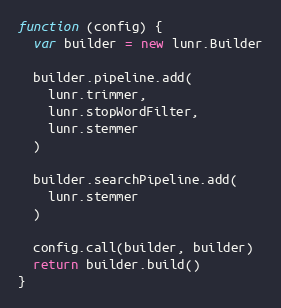
Language: JavaScript
function (config) {
  var builder = new lunr.Builder

  builder.pipeline.add(
    lunr.trimmer,
    lunr.stopWordFilter,
    lunr.stemmer
  )

  builder.searchPipeline.add(
    lunr.stemmer
  )

  config.call(builder, builder)
  return builder.build()
}